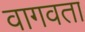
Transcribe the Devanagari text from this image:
वागवता